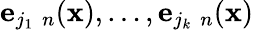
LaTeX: {\mathbf e}_{j_{1}\, \, n}({\mathbf x}),\ldots,{\mathbf e}_{j_{k}\, \, n}({\mathbf x})